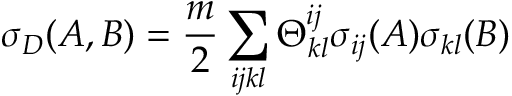
\sigma _ { D } ( A , B ) = \frac { m } { 2 } \sum _ { i j k l } \Theta _ { k l } ^ { i j } \sigma _ { i j } ( A ) \sigma _ { k l } ( B )